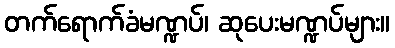
တက်ရောက်ခံမဏ္ဍပ်၊ ဆုပေးမဏ္ဍပ်များ။